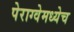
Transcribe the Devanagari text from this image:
पेराग्वेमध्येच